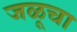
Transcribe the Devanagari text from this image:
जळूचा